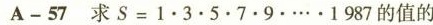
A-57求$$S = 1 . 3 . 5 . 7 . 9 .… 1 9 8 7$$值的